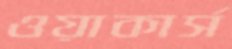
ওয়াকার্স